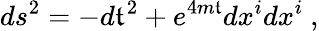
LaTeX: ds^{2}=-d\mathfrak{t}^{2}+e^{4m\mathfrak{t}}dx^{i}dx^{i}\ ,